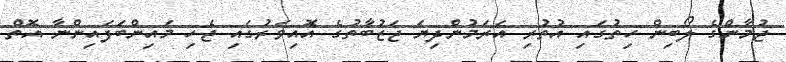
ޖުމާންގެ ލޯބިން ހިތުގައި އުތުރި އަރަމުންދިޔަ ޖަޒުބާތުގެ އޮއިވަރުގައި ޖެހި މައިންބަފައިންނާ އޮތް